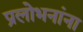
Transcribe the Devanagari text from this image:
प्रलोभनांना